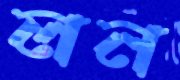
লন